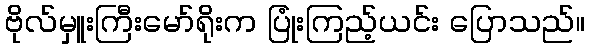
ဗိုလ်မှူးကြီးမော်ရိုးက ပြုံးကြည့်ယင်း ပြောသည်။